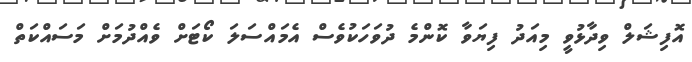
އޮފިޝަލް ވިދާޅުވީ މިއަދު ފިޔަވާ ކޮންމެ ދުވަހަކުވެސް އެމަައްސަލަ ކޯޓަށް ވެއްދުމަށް މަސައްކަތް